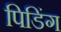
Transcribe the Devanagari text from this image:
पिडिंग